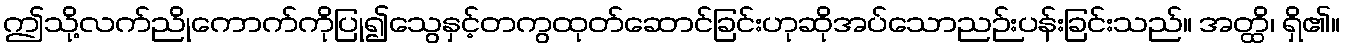
ဤသို့လက်ညိုကောက်ကိုပြု၍သွေနှင့်တကွထုတ်ဆောင်ခြင်းဟုဆိုအပ်သောညဉ်းပန်းခြင်းသည်။ အတ္ထိ၊ ရှိ၏။